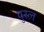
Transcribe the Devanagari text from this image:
युरल